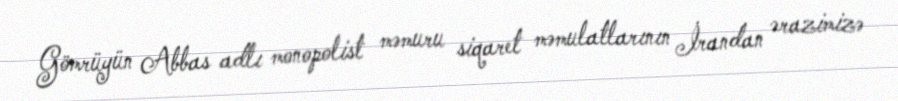
Gömrüyün Abbas adlı monopolist məmuru siqaret məmulatlarının İrandan ərazimizə